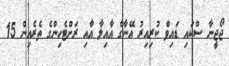
ޖޯޖީނާ ސްކައި ޑައިވް ކުރިއިރު އޭނާގެ އާއިލާ އާއި ރަށްޓެހިންގެ ތެރެއިން 15